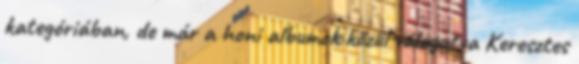
kategóriában, de már a honi albumok közül válogatva Keresztes